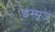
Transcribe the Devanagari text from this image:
इस्सूज